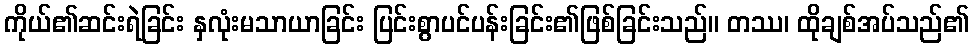
ကိုယ်၏ဆင်းရဲခြင်း နှလုံးမသာယာခြင်း ပြင်းစွာပင်ပန်းခြင်း၏ဖြစ်ခြင်းသည်။ တဿ၊ ထိုချစ်အပ်သည်၏